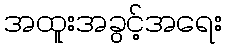
အထူးအခွင့်အရေး